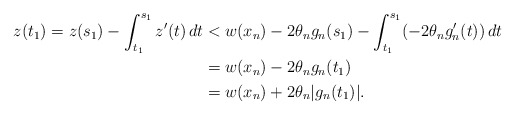
\begin{align*}z(t_1) = z(s_1) - \int_{t_1}^{s_1} z'(t) \,dt & < w(x_n) -2 \theta_n g_n(s_1) - \int_{t_1}^{s_1}(-2 \theta_n g_n'(t)) \,dt \\&= w(x_n) -2 \theta_n g_n (t_1) \\& = w(x_n) + 2 \theta_n | g_n(t_1)|.\end{align*}